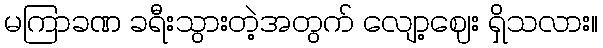
မကြာခဏ ခရီးသွားတဲ့အတွက် လျော့ဈေး ရှိသလား။